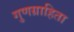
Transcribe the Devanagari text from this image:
गुणग्राहिता